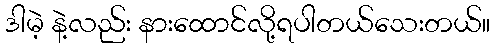
ဒါမဲ့ နဲ့လည်း နားထောင်လို့ရပါတယ်သေးတယ်။